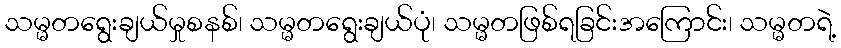
သမ္မတရွေးချယ်မှုစနစ်၊ သမ္မတရွေးချယ်ပုံ၊ သမ္မတဖြစ်ရခြင်းအကြောင်း၊ သမ္မတရဲ့